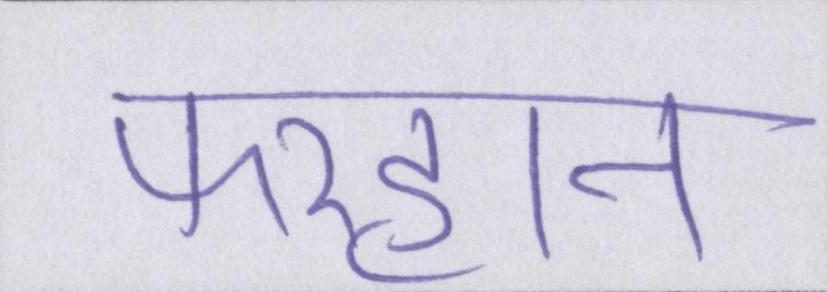
फरहान